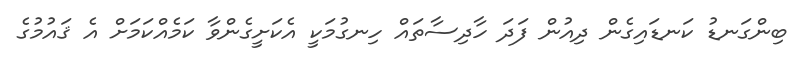
ބިންގަނޑު ކަނޑައިގެން ދިއުން ފަދަ ހާދިސާތައް ހިނގުމަކީ އެކަށީގެންވާ ކަމެއްކަމަށް އެ ޤައުމުގެ